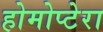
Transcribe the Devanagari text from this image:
होमोप्टेरा